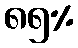
၈၅%